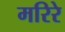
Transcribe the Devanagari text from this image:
मरिरे